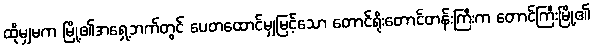
ထိုမျှမက မြို့၏အရှေ့ဘက်တွင် ပေတထောင်မျှမြင့်သော တောင်ရိုးတောင်တန်းကြီးက တောင်ကြီးမြို့၏